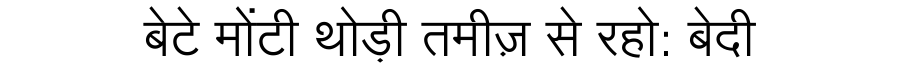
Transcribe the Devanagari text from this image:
बेटे मोंटी थोड़ी तमीज़ से रहो: बेदी